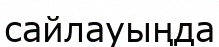
сайлауыңда